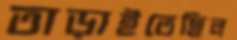
তাড়াইতেছিল